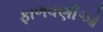
ફાળવણીઓ